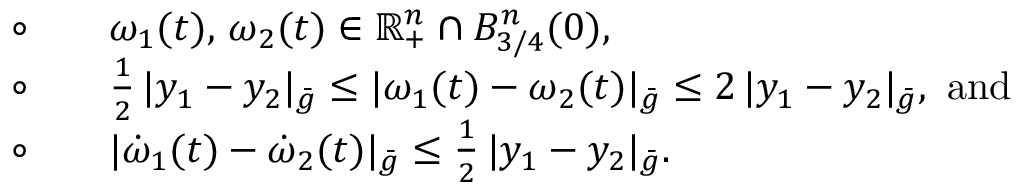
\begin{array} { r l } & { \circ \qquad \omega _ { 1 } ( t ) , \, \omega _ { 2 } ( t ) \in \mathbb { R } _ { + } ^ { n } \cap B _ { 3 / 4 } ^ { n } ( 0 ) , } \\ & { \circ \qquad \frac 1 2 \, | y _ { 1 } - y _ { 2 } | _ { \bar { g } } \leq | \omega _ { 1 } ( t ) - \omega _ { 2 } ( t ) | _ { \bar { g } } \leq 2 \, | y _ { 1 } - y _ { 2 } | _ { \bar { g } } , \mathrm { ~ a n d } } \\ & { \circ \qquad | \dot { \omega } _ { 1 } ( t ) - \dot { \omega } _ { 2 } ( t ) | _ { \bar { g } } \leq \frac 1 2 \, | y _ { 1 } - y _ { 2 } | _ { \bar { g } } . } \end{array}